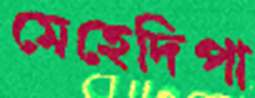
মেহেদিপা